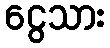
ငွေသား